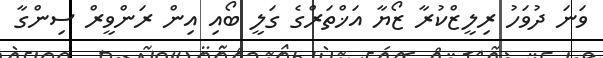
ވަނަ ދުވަހު ރިލީޒްކުރާ ޒޯޔާ އަޚްތަރްގެ ގަލީ ބޯއި އިން ރަންވީރް ސިންގާ